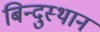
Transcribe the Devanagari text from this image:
बिन्दुस्थान